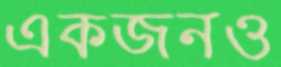
একজনও